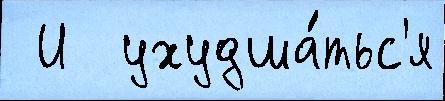
 И  ухудша́тьс'я